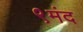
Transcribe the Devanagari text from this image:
९मंद